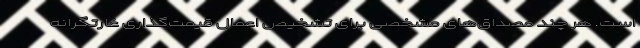
است. هر چند مصداق‌های مشخصی برای تشخیص اعمال قیمت‌گذاری غارتگرانه